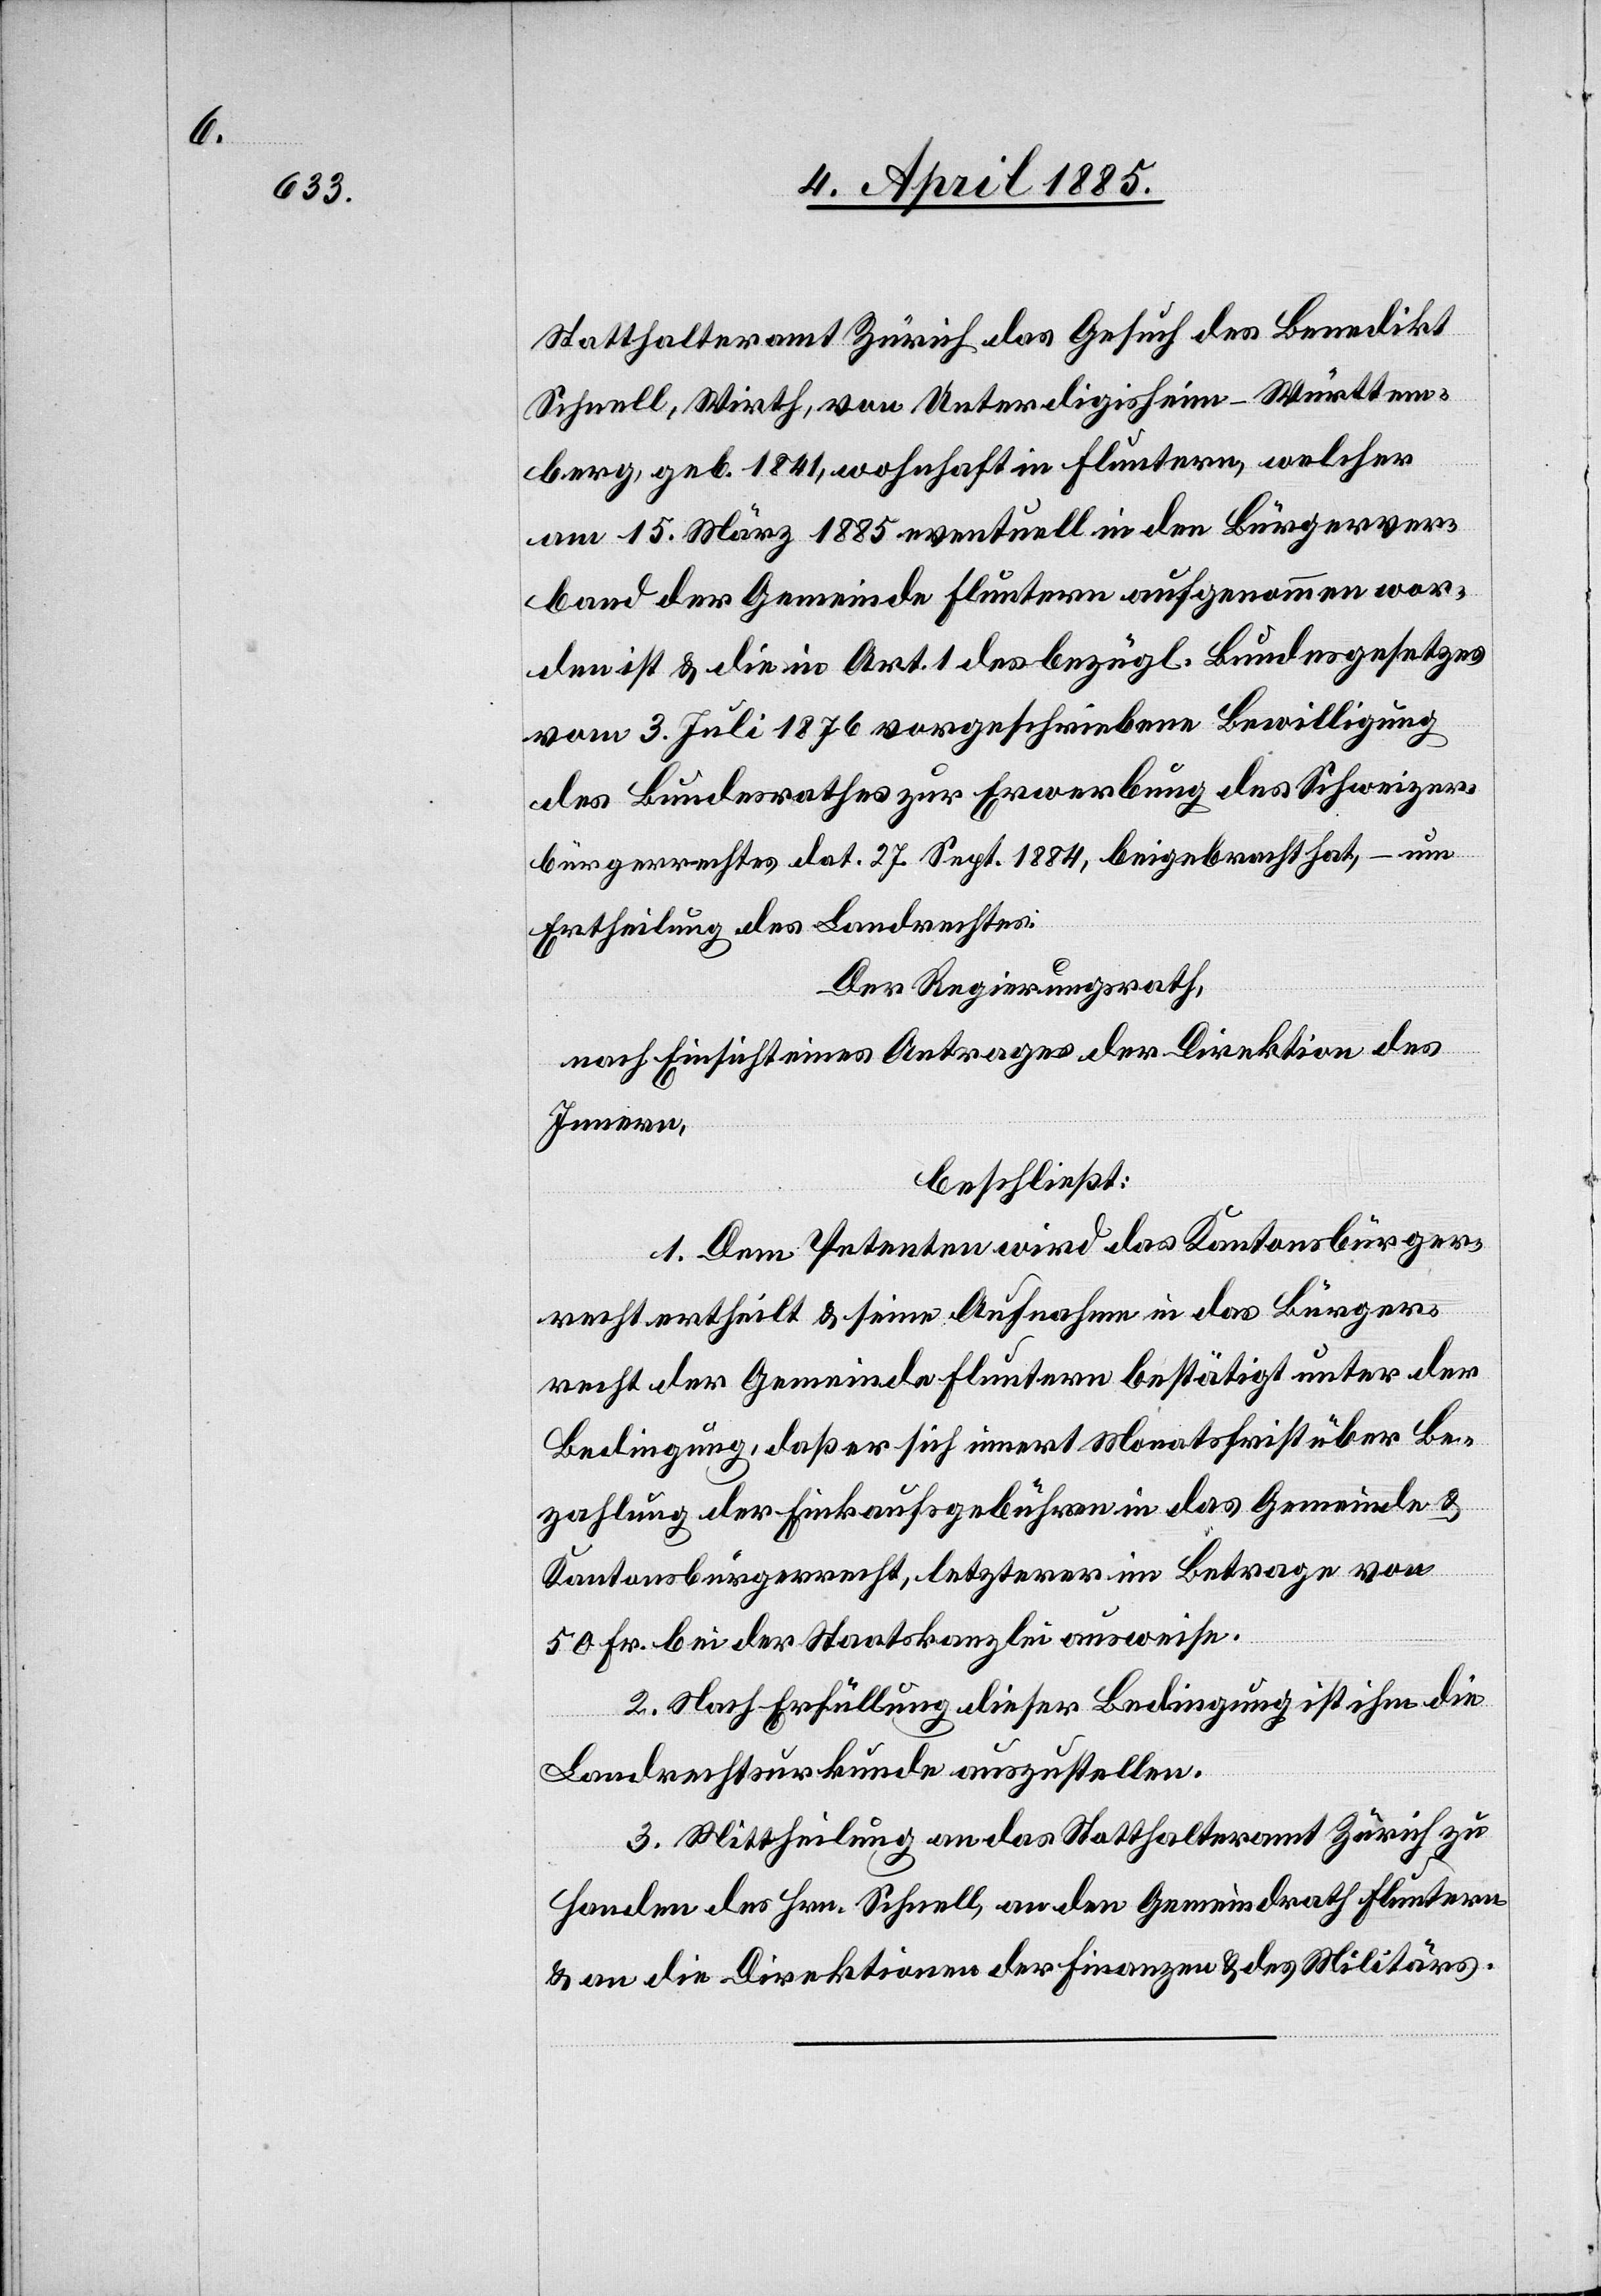
Statthalteramt Zürich das Gesuch des Benedikt
Schnell, Wirth von Unterdigisheim - Württem¬
berg., geb. 1841, wohnhaft in Fluntern, welcher
am 15. März 1885 eventuell in den Bürgerver¬
band der Gemeinde Fluntern aufgenommen wor¬
den ist & die in Art. 1 des bezügl. Bundesgesetzes
vom 3. Juli 1876 vorgeschriebene Bewilligung
des Bundesrathes zur Erwerbung des Schweizer¬
bürgerrechtes dat. 27. Sept. 1884, beigebracht hat, – um
Ertheilung des Landrechtes.
Der Regierungsrath,
nach Einsicht eines Antrages der Direktion des
Innern,
beschließt:
1. Dem Petenten wird das Kantonsbürger¬
recht ertheilt & seine Aufnahme in das Bürger¬
recht der Gemeinde Fluntern bestätigt unter der
Bedingung, daß er sich innert Monatsfrist über Be¬
zahlung der Einkaufsgebühren in das Gemeinde[-]
Kantonsbürgerrecht, letzterer im Betrage von
50 Fr. bei der Staatskanzlei ausweise.
2. Nach Erfüllung dieser Bedingung ist ihm die
Landrechtsurkunde auszustellen.
3. Mittheilung an das Statthalteramt Zürich zu
Handen des Hrn. Schnell, an den Gemeindrath Fluntern
& an die Direktionen der Finanzen & des Militärs.